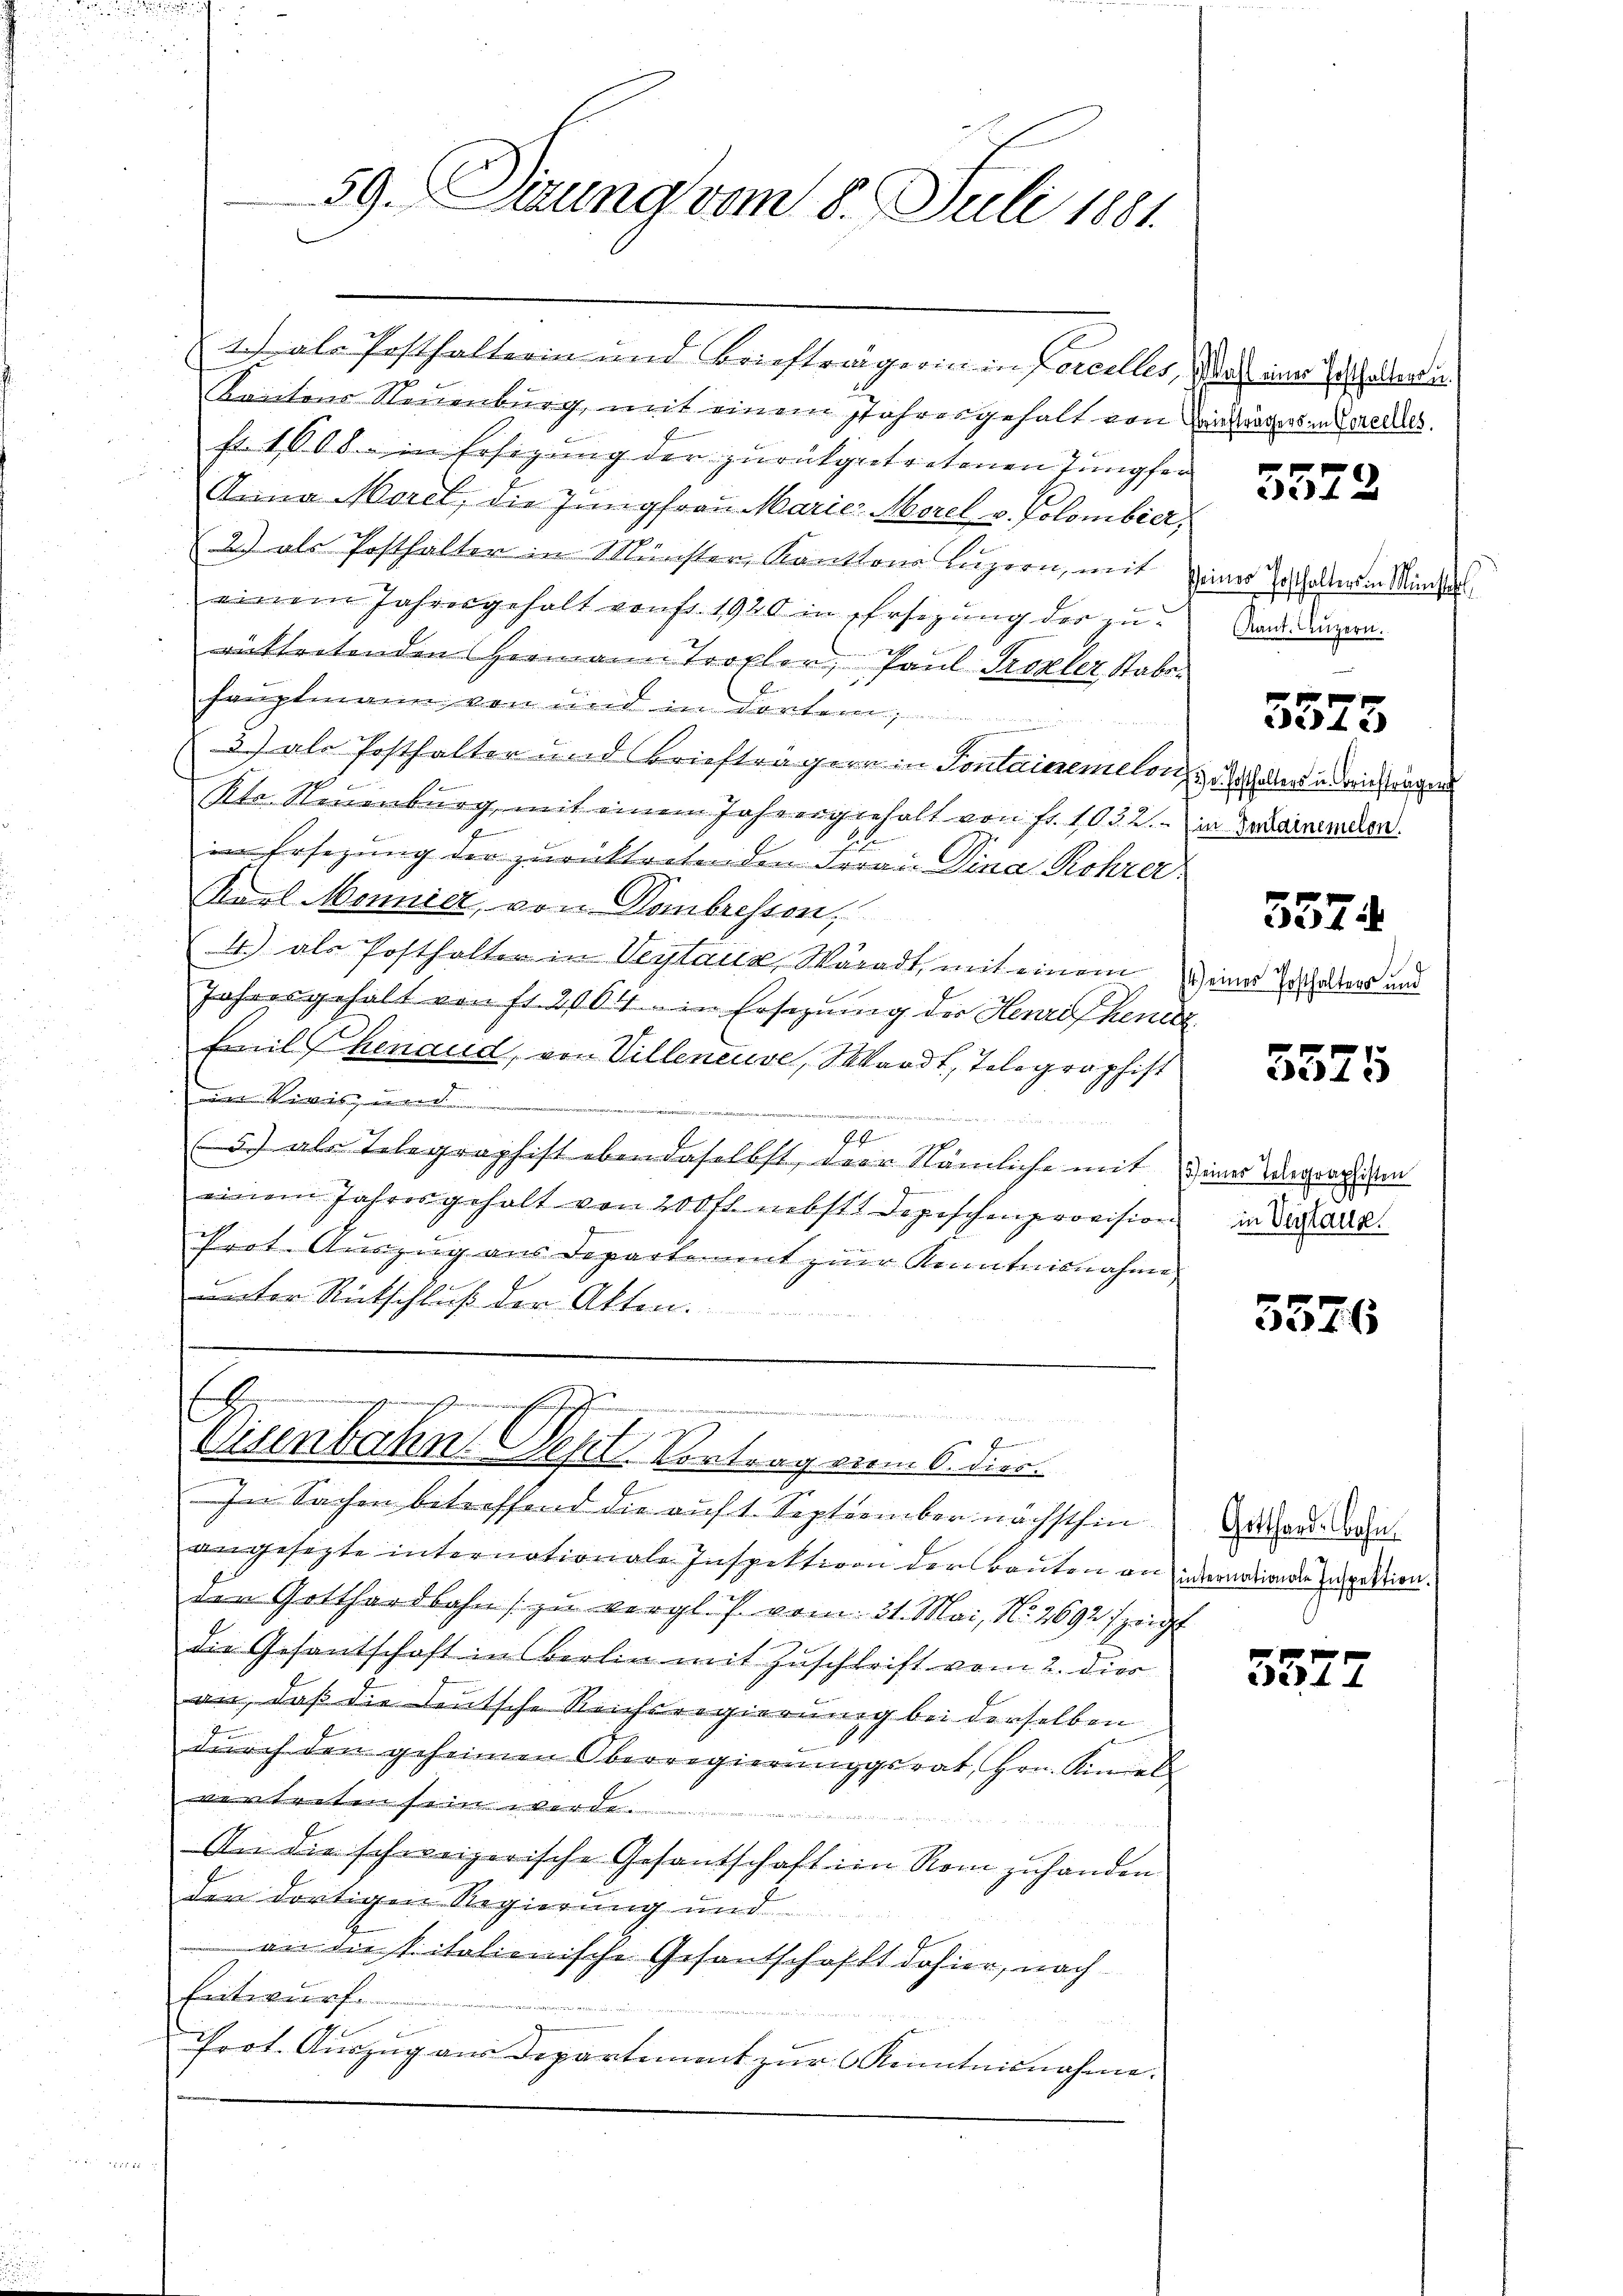
59. Dirung vom 8. Juli 1881.

.
mashemmenes Gemeinstricht.

.Eine
Eisenbahn. Sept Vortrag vom 6. dies
In Sachen betreffend die auf 1. September nächsthin

angesezte internationale Inspektion der Bauten an inmonation den Inspektion.
den Gotthardbahn zu vergl. P. vom 31. Mai, No. 2692 zeigt
die Gesantschaft ins Berlin mit Zuschrift vom 2. dies
an, daß die deutsche Reichsregierung bei derselben
durch den geheimen Oberregierungsrat, Hrn. Kindel
ist seiner de
An die schweizerische Gesantschaft im Rom zuhanden
der dortigen Regierung und
an die Vitalienische Gesantschafft dahier, nach
Entwurf.
Prot. Auszug aus Departement zur Kenntnisnahme.

1) als Posthalterin und Briefträgerin in Forcelles, durch einer Totthaltende
Kantons Neuenburg, mit einem Jahresgehalt von Einträgers in Sorelles
fr. 1608. in Ersezung der zurückgetretenen Jungfer
Anna Morel, die Jungfrau Marie Morel v. Golombier
2) als Posthalter in Münster, Kantons Luzern, mit einer Totaler in Mindes
einem Jahresgehalt von fr. 1920 in Ersezung des zueittretenden Hermann Tropler, Paul Prozler Staber
hauptmann, von und in dortern,
5) als Posthalter und Briefträgern in Sontairemeten, aber u darin angen
b
kte Neuenburg, mit einem Jahrengehalt von fr. 1032. Ein Gobarenden.
E
hi
in Ersezung der zurücktreten den daran Dina Rohrer
Karl Monnier, von Hombressen,
4.) als Posthalter in Veytaux, Wäradt, mit einem
Jahresgehalt von fr. 204 in Erschung der Henrichenden
Emil henaud, von Villeneuve, Waadt, Tolographist
s
e
79
3) als Telegraphist ebendaselbst, der Nämliche mit Weiner Regorien
einem Jahresgehalt von 200 fl. nebst Depischenprovision
Prot. Auszug aus Departement zur Kenntnisnahme
unter Rückschluß der Akten.

3572

Kant. Luzern.

5573

5574

74 eines Posthalters und

5575

d
in Verstaue.

5576

Gotthard, ohn

5575